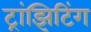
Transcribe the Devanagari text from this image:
ट्रांझिटिंग